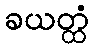
ခယတ္ထံ